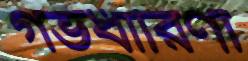
গর্ভধারিণী